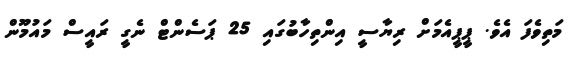
މަތިވެފަ އެވެ. ޕީޕީއެމަށް ރިޔާސީ އިންތިހާބުގައި 25 ޕަސެންޓް ނެގީ ރައީސް މައުމޫން